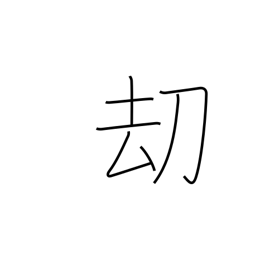
Meaning: threat